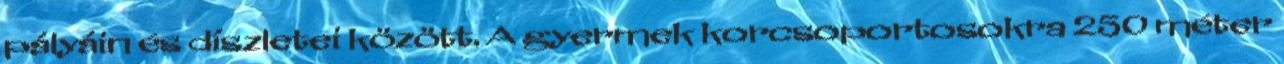
pályáin és díszletei között. A gyermek korcsoportosokra 250 méter